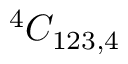
^ { 4 } { \cal C } _ { 1 2 3 , 4 }